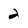
Character: 2